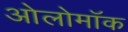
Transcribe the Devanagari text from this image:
ओलोमॉक